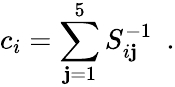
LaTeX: c_{i}=\sum_{\mathbf{j}=1}^{5}S_{i\mathbf{j}}^{-1}\, \, \, .